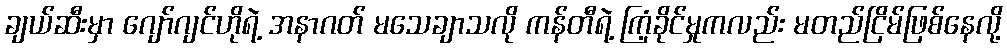
ချယ်ဆီးမှာ ဂျော်ဂျင်ဟိုရဲ့ အနာဂတ် မသေချာသလို ကန်တီရဲ့ ကြံ့ခိုင်မှုကလည်း မတည်ငြိမ်ဖြစ်နေလို့